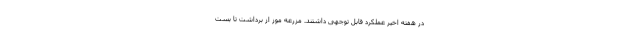
در هفته اخیر عملکرد قابل توجهی داشتند. مزرعه موز از برداشت تا بست